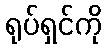
ရုပ်ရှင်ကို